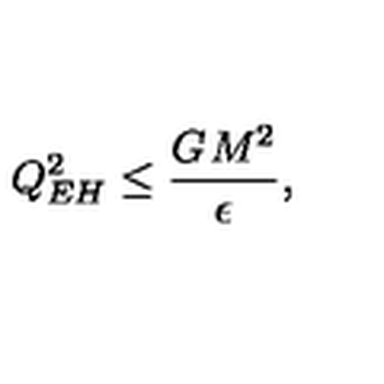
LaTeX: Q _ { E H } ^ { 2 } \leq \frac { G _ { { } } M ^ { 2 } } { \epsilon } , \nonumber